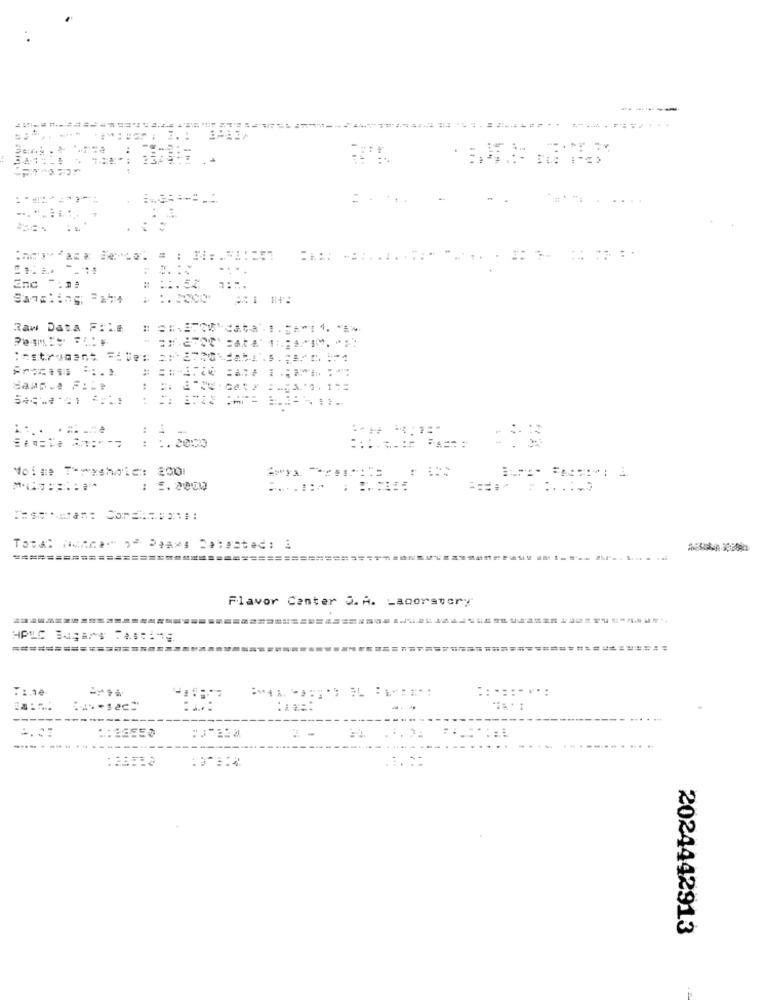
-------
75-2:
===.
Sanghing: - 14
Raw Data File
#
....
====== =====-= : :. 2000
Noime Threshold: 200
: :. 2000
Flavor Canter S. A. Laoorstory
:: .::- v .:
---
------
-------
2024442913